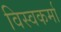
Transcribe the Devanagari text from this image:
विस्वकर्मा